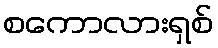
စကောလားရှစ်